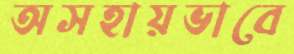
অসহায়ভাবে